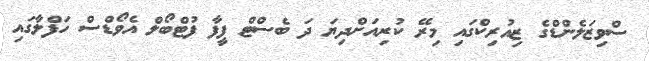
ސްވިޒަލެންޑްގެ ޒިއުރިކްގައި މިރޭ ކުރިއަށްދިޔަ ދަ ބެސްޓް ފީފާ ފުޓްބޯލް އެވޯޑްސް ހަފްލާގައި